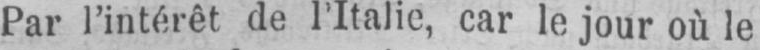
Par l’intérêt de l’Italie, car le jour où le